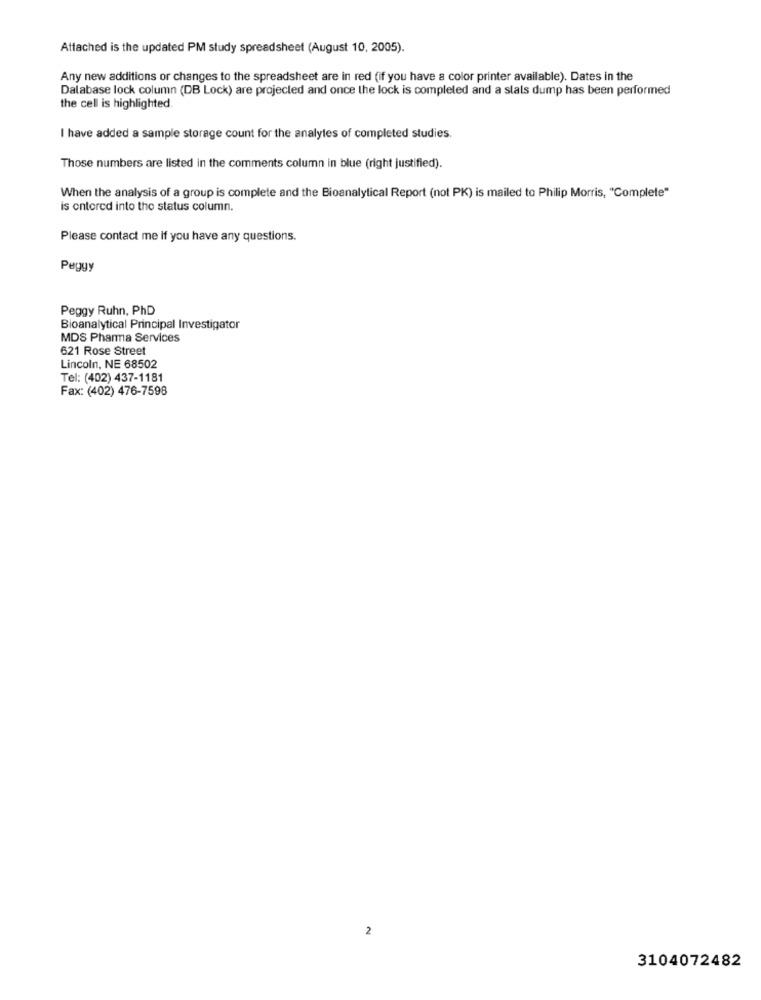
Attached is the updated PM study spreadsheet (August 10, 2005).
Any new additions or changes to the spreadsheet are in red (if you have a color printer available). Dates in the
Dalabase lock column (DB Lock) are projected and once the lock is completed and a slats dump has been performed
the cell is highlighted.
I have added a sample storage count for the analyles of completed studies.
Those numbers are listed in the comments column in blue (right justified).
When the analysis of a group is complete and the Bioanalytical Report (not PK) is mailed to Philip Morris, "Complete"
is entered into the status column.
Please contact me if you have any questions.
Peggy
Peggy Ruhn, PhD
Bioanalytical Principal Investigator
MDS Pharma Services
621 Rose Street
Lincoln, NE 68502
Tel: (402) 437-1181
Fax: (402) 476-7598
2
3104072482